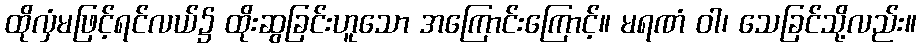
ထိုလှံမဖြင့်ရင်လယ်၌ ထိုးဆွခြင်းဟူသော အကြောင်းကြောင့်။ မရဏံ ဝါ၊ သေခြင်သို့လည်း။